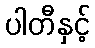
ပါတီနှင့်